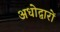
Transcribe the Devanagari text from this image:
अधोद्वारों